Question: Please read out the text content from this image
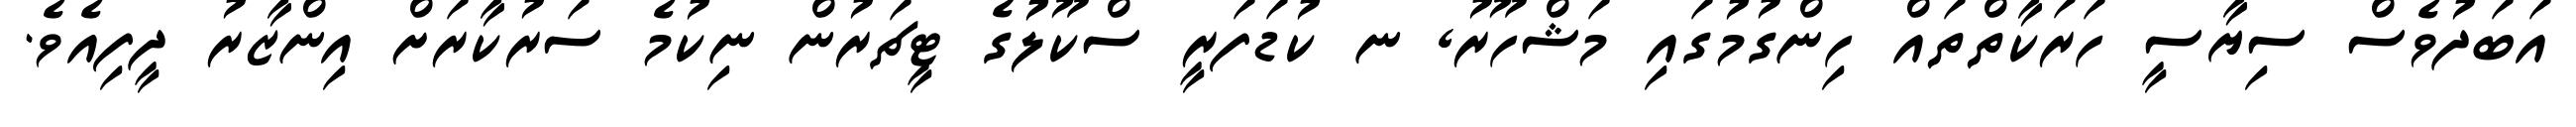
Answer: އަބަދުވެސް ސިޔާސީ ހަރަކާތްތައް ހިންގުމުގައި މަޝްހޫރު, ނ ކުޑަފަރީ ސްކޫލުގެ ޓީޗަރުން ނިކުމެ ސަރުކާރަށް އިންޒާރު ދީފިއެވެ.